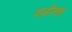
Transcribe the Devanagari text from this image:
दाढीसह